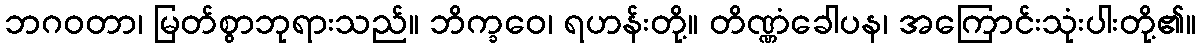
ဘဂဝတာ၊ မြတ်စွာဘုရားသည်။ ဘိက္ခဝေ၊ ရဟန်းတို့။ တိဏ္ဏံခေါပန၊ အကြောင်းသုံးပါးတို့၏။